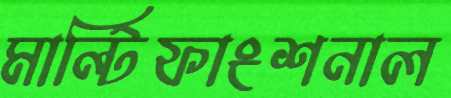
মাল্টিফাংশনাল